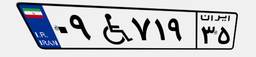
۰۹W۷۱۹۳۵